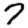
Digit: 7